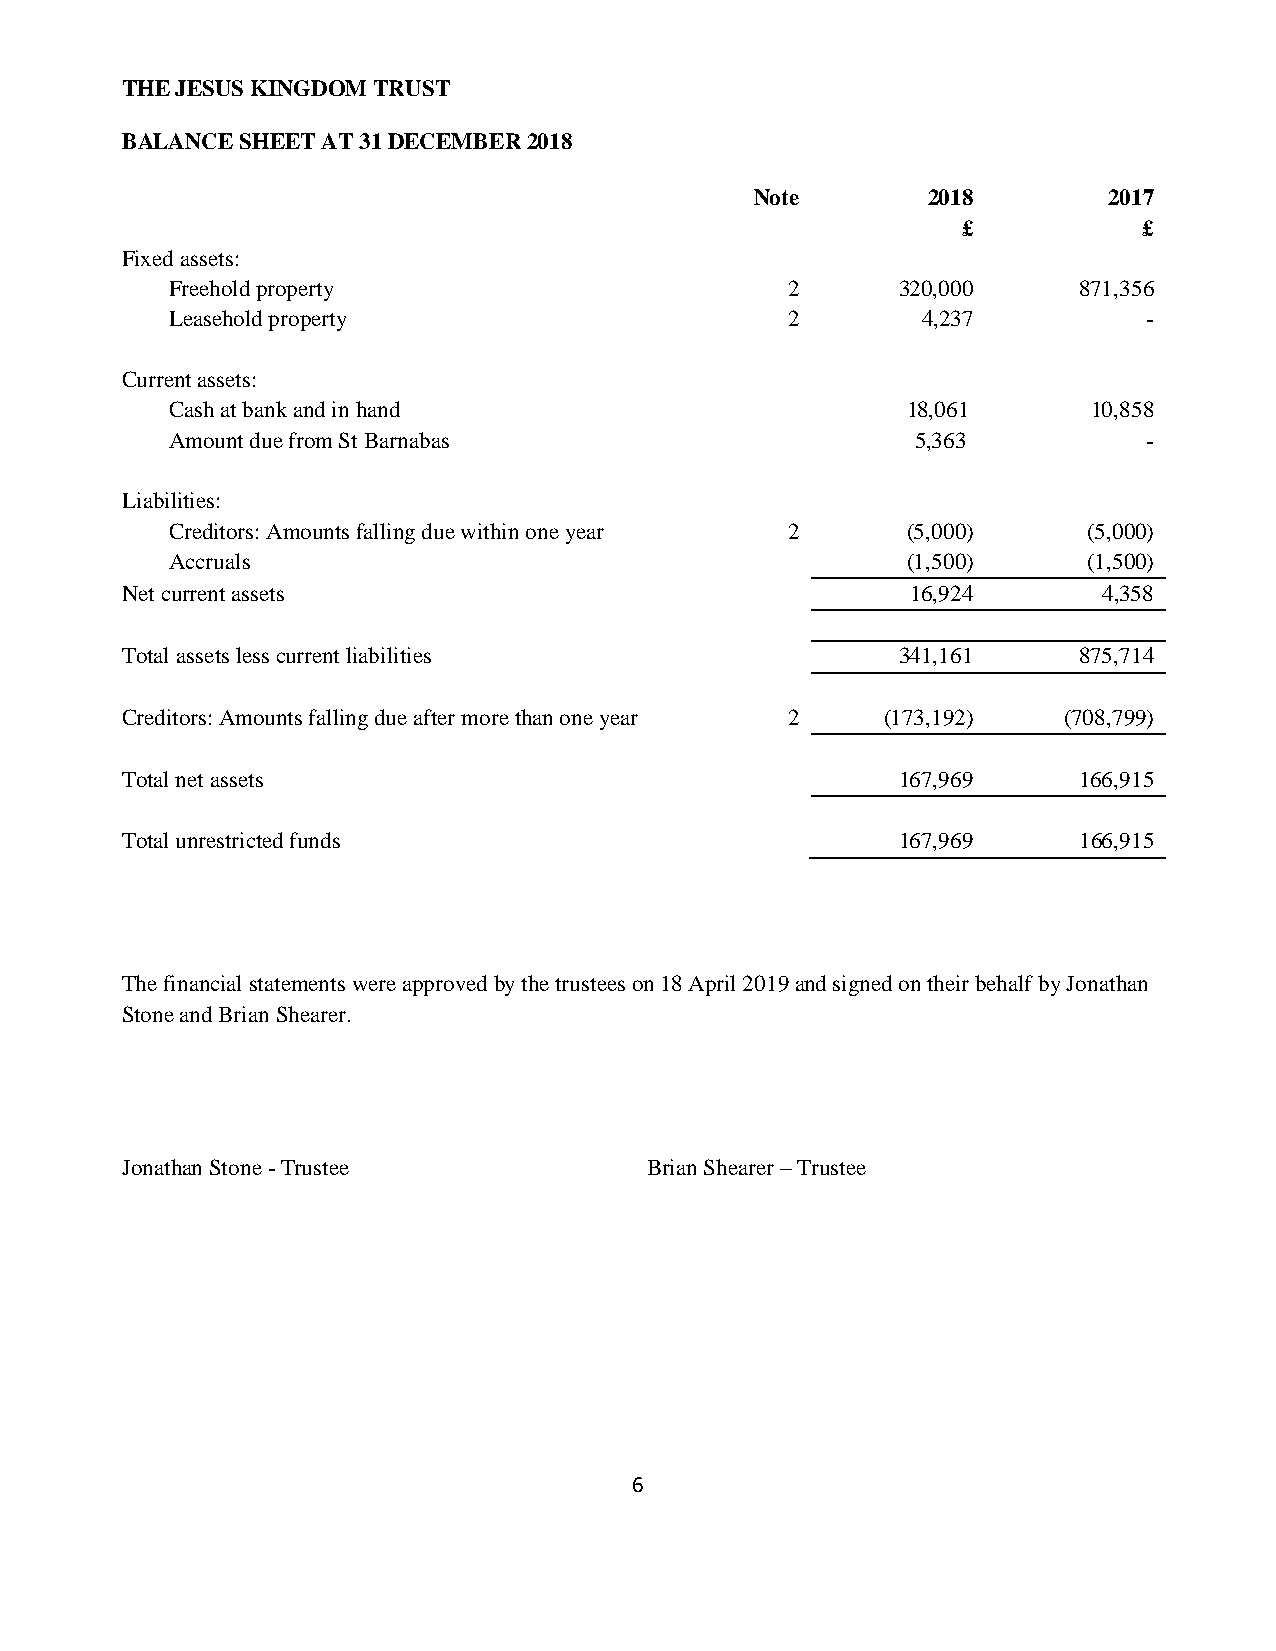
THE JESUS KINGDOM TRUST
 BALANCE SHEET AT 31 DECEMBER 2018
 Note       2018        2017
 £           £
 Fixed assets:
 Freehold property                        2      320,000     871,356
 Leasehold property                       2        4,237          -
 Current assets:
 Cash at bank and in hand                         18,061      10,858
 Amount due from St Barnabas                       5,363          -
 Liabilities:
 Creditors: Amounts falling due within one year 2 (5,000)     (5,000)
 Accruals                                         (1,500)     (1,500)
 Net current assets                                  16,924       4,358
 Total assets less current liabilities              341,161     875,714
 Creditors: Amounts falling due after more than one year 2 (173,192) (708,799)
 Total net assets                                   167,969     166,915
 Total unrestricted funds                           167,969     166,915
 The financial statements were approved by the trustees on 18 April 2019 and signed on their behalf by Jonathan
 Stone and Brian Shearer.
 Jonathan Stone - Trustee           Brian Shearer – Trustee
 6